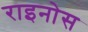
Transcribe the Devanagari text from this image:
राइनोस